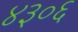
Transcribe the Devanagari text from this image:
४३०६